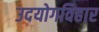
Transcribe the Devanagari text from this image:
उदयोगविहार